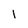
Character: l